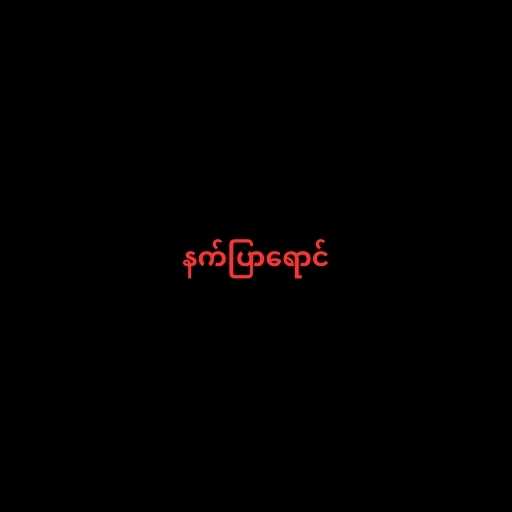
နက်ပြာရောင်